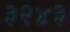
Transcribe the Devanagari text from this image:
३२४३